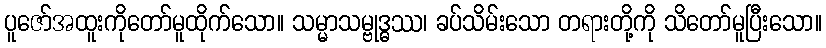
ပူဇော်အထူးကိုတော်မူထိုက်သော။ သမ္မာသမ္ဗုဒ္ဓဿ၊ ခပ်သိမ်းသော တရားတို့ကို သိတော်မူပြီးသော။